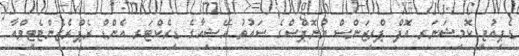
ޑެޕިއުޓީ ކޮމިޝަނަރ އޮފް ޕްރިޒަންސް ޔުނޮޕްސްގެ ސައުތު އޭޝިއާގެ ޑިރެކްޓަރ އެންޑް ރެޕްރެޒެންޓެޓިވްއާ